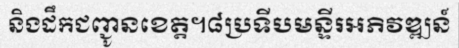
និងដឹកជញ្ជូនខេត្ត។៨ប្រទីបមន្ទីរអភិវឌ្ឍន៍